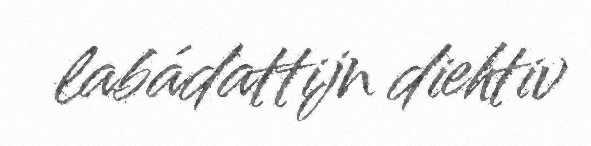
labádattijn diehtiv